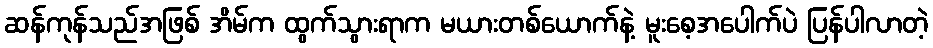
ဆန်ကုန်သည်အဖြစ် အိမ်က ထွက်သွားရာက မယားတစ်ယောက်နဲ့ မူးစေ့အပေါက်ပဲ ပြန်ပါလာတဲ့